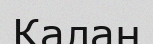
Калан